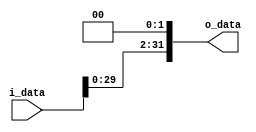
module shiftLeftBy2(i_data, o_data);
parameter WIDTH = 32;
input   [WIDTH-1:0]   i_data;
output  [WIDTH-1:0]   o_data;
  
  assign o_data = i_data << 2;

endmodule